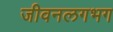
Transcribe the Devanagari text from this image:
जीवनलगभग